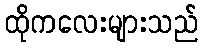
ထိုကလေးများသည်